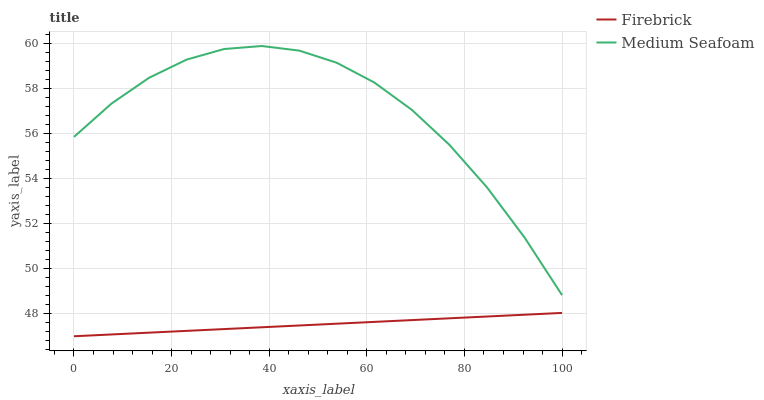
| xaxis_label | Firebrick | Medium Seafoam |
 | --- | --- | --- |
 | 0 | 47 | 55.9 |
 | 7.69 | 47.1 | 57.3 |
 | 15.4 | 47.2 | 58.5 |
 | 23.1 | 47.2 | 59.3 |
 | 30.8 | 47.3 | 59.8 |
 | 38.5 | 47.4 | 59.9 |
 | 46.2 | 47.5 | 59.7 |
 | 53.8 | 47.6 | 59.2 |
 | 61.5 | 47.6 | 58.3 |
 | 69.2 | 47.7 | 57.1 |
 | 76.9 | 47.8 | 55.5 |
 | 84.6 | 47.9 | 53.6 |
 | 92.3 | 48 | 51.4 |
 | 100 | 48 | 48.8 |